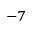
^ { - 7 }